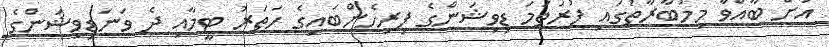
އަށް ބާއްވާ މިމުބާރާތުގައި ފުރަތަމަ ޑިވިޝަންގެ ފިރިހެންބައިގެ ހަތަރު ޓީމާއި ދެ ވަނަޑިވިޝަންގެ